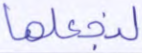
لنجعلها